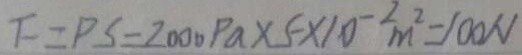
F = P S = 2 0 0 0 P a \times 5 \times 1 0 ^ { - 2 } m ^ { 2 } = 1 0 0 N